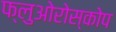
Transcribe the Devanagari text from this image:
फ्लुओरोस्कोप